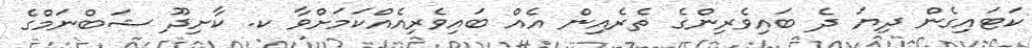
ކަޓައިގެން ދިޔަ ދެ ބައިވެރިންގެ ތެރެއިން އެއް ބައިވެރިއެއްކަމަށްވާ ކ. ކާށިދޫ ޝަބްނަމްގެ